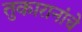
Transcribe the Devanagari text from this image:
तुकारानांचे